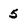
Character: 5